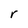
Character: r